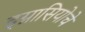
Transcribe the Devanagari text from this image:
इग्नासियोचे